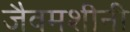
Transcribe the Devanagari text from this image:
जैवमशीनी